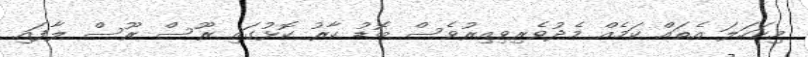
މިކަހަލަ އެތައް ކަމެއް މެދުވެރިވިއިރުވެސް ބޮޑު ކާރު ކޮޅުގައި ރޫސް ރޫސް ލާފައި